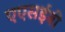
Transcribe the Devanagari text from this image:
एएसईबी